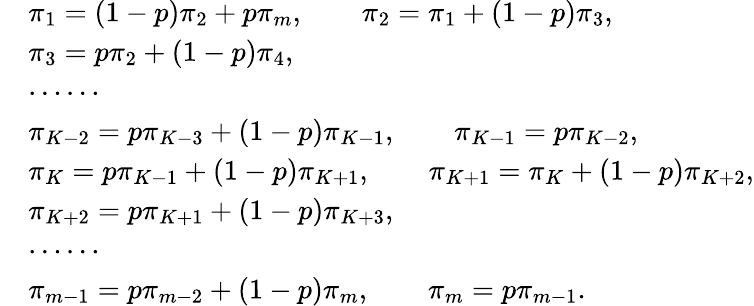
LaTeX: \begin{array}{rl}&{\pi_{1}=(1-p)\pi_{2}+p\pi_{m},\qquad\pi_{2}=\pi_{1}+(1-p)\pi_{3},}\\ &{\pi_{3}=p\pi_{2}+(1-p)\pi_{4},}\\ &{\cdots\cdots}\\ &{\pi_{K-2}=p\pi_{K-3}+(1-p)\pi_{K-1},\qquad\pi_{K-1}=p\pi_{K-2},}\\ &{\pi_{K}=p\pi_{K-1}+(1-p)\pi_{K+1},\qquad\pi_{K+1}=\pi_{K}+(1-p)\pi_{K+2},}\\ &{\pi_{K+2}=p\pi_{K+1}+(1-p)\pi_{K+3},}\\ &{\cdots\cdots}\\ &{\pi_{m-1}=p\pi_{m-2}+(1-p)\pi_{m},\qquad\pi_{m}=p\pi_{m-1}.}\end{array}